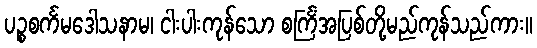
ပဉ္စစင်္ကမဒေါသနာမ၊ ငါးပါးကုန်သော စင်္ကြံအပြစ်တို့မည်ကုန်သည်ကား။